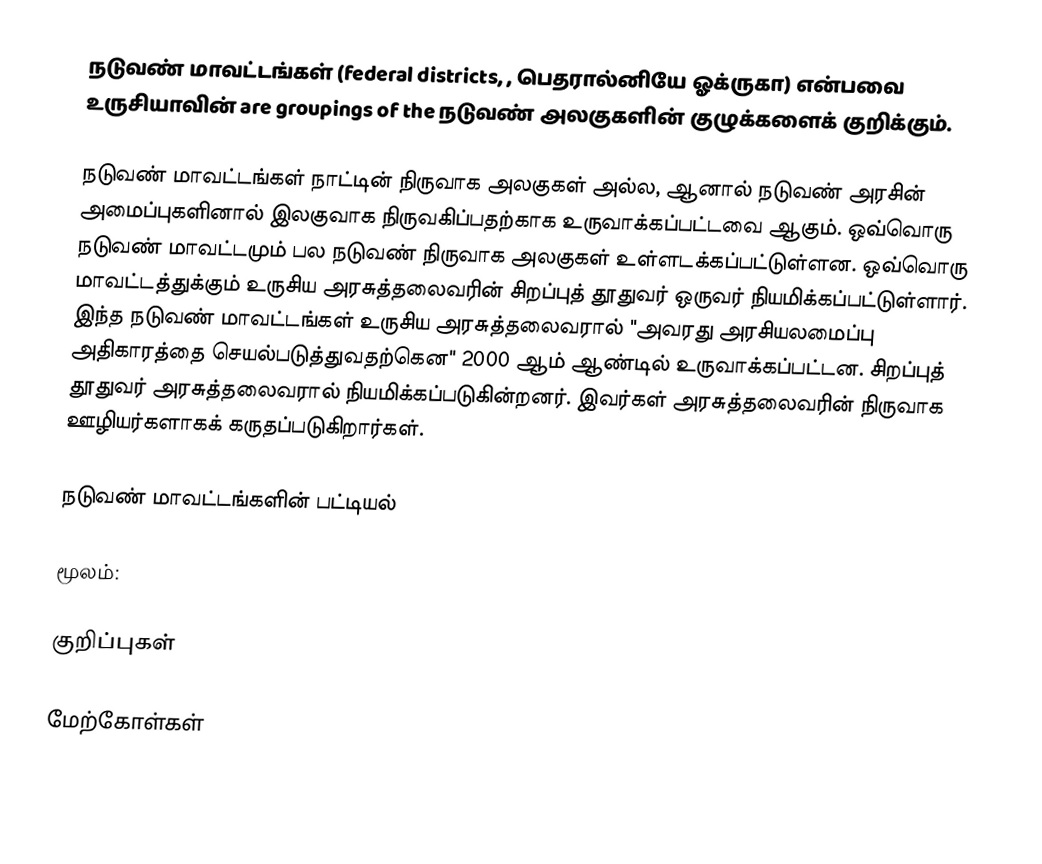
நடுவண் மாவட்டங்கள் (federal districts, , பெதரால்னியே ஓக்ருகா) என்பவை உருசியாவின் are groupings of the நடுவண் அலகுகளின் குழுக்களைக் குறிக்கும்.

நடுவண் மாவட்டங்கள் நாட்டின் நிருவாக அலகுகள் அல்ல, ஆனால் நடுவண் அரசின் அமைப்புகளினால் இலகுவாக நிருவகிப்பதற்காக உருவாக்கப்பட்டவை ஆகும். ஒவ்வொரு நடுவண் மாவட்டமும் பல நடுவண் நிருவாக அலகுகள் உள்ளடக்கப்பட்டுள்ளன. ஒவ்வொரு மாவட்டத்துக்கும் உருசிய அரசுத்தலைவரின் சிறப்புத் தூதுவர் ஒருவர் நியமிக்கப்பட்டுள்ளார். இந்த நடுவண் மாவட்டங்கள் உருசிய அரசுத்தலைவரால் "அவரது அரசியலமைப்பு அதிகாரத்தை செயல்படுத்துவதற்கென" 2000 ஆம் ஆண்டில் உருவாக்கப்பட்டன. சிறப்புத் தூதுவர் அரசுத்தலைவரால் நியமிக்கப்படுகின்றனர். இவர்கள் அரசுத்தலைவரின் நிருவாக ஊழியர்களாகக் கருதப்படுகிறார்கள்.

நடுவண் மாவட்டங்களின் பட்டியல்

மூலம்:

குறிப்புகள்

மேற்கோள்கள்